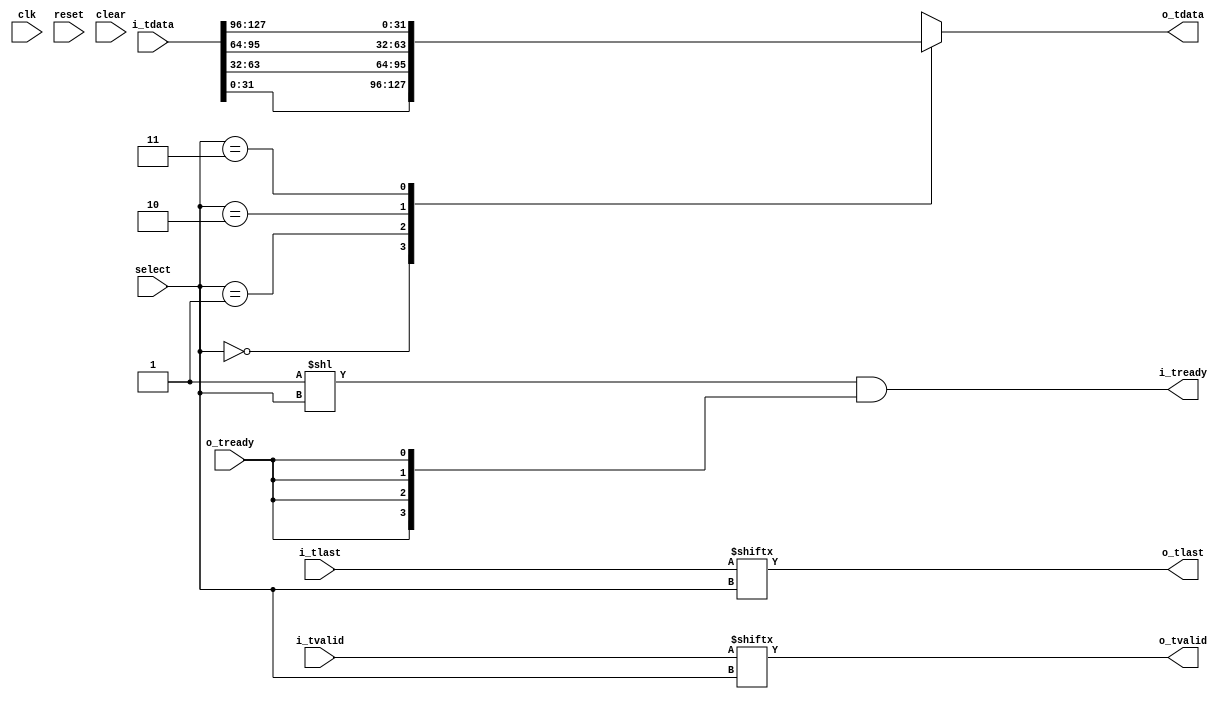
//
// Copyright 2016 Ettus Research
// Copyright 2018 Ettus Research, a National Instruments Company
//
// SPDX-License-Identifier: LGPL-3.0-or-later
//
// AXI-Stream multiplexer with select line
//

module axi_mux_select #(
  parameter WIDTH = 32,
  parameter PRE_FIFO_SIZE = 0,
  parameter POST_FIFO_SIZE = 0,
  parameter SWITCH_ON_LAST = 0, // Wait until tlast is asserted before updating
  parameter SIZE = 4)
(
  input clk, input reset, input clear,
  input [$clog2(SIZE)-1:0] select,
  input [SIZE*WIDTH-1:0] i_tdata, input [SIZE-1:0] i_tlast, input [SIZE-1:0] i_tvalid, output [SIZE-1:0] i_tready,
  output [WIDTH-1:0] o_tdata, output o_tlast, output o_tvalid, input o_tready
);

  wire [WIDTH*SIZE-1:0] i_tdata_int;
  wire [WIDTH-1:0] i_tdata_arr[0:SIZE-1];
  wire [SIZE-1:0] i_tlast_int, i_tvalid_int, i_tready_int;

  wire [WIDTH-1:0] o_tdata_int;
  wire o_tlast_int, o_tvalid_int, o_tready_int;

  genvar n;
  generate
    if (PRE_FIFO_SIZE == 0) begin : gen_no_pre_fifo
      assign i_tdata_int  = i_tdata;
      assign i_tlast_int  = i_tlast;
      assign i_tvalid_int = i_tvalid;
      assign i_tready     = i_tready_int;
    end else begin : gen_pre_fifo
      for (n = 0; n < SIZE; n = n + 1) begin
        axi_fifo #(.WIDTH(WIDTH+1), .SIZE(PRE_FIFO_SIZE)) axi_fifo (
          .clk(clk), .reset(reset), .clear(clear),
          .i_tdata({i_tlast[n],i_tdata[WIDTH*(n+1)-1:WIDTH*n]}), .i_tvalid(i_tvalid[n]), .i_tready(i_tready[n]),
          .o_tdata({i_tlast_int[n],i_tdata_int[WIDTH*(n+1)-1:WIDTH*n]}), .o_tvalid(i_tvalid_int[n]), .o_tready(i_tready_int[n]),
          .space(), .occupied());
      end
    end
  endgenerate

  // Make arrays for easier muxing
  genvar i;
  generate
    for (i = 0; i < SIZE; i = i + 1) begin : gen_muxing
      assign i_tdata_arr[i] = i_tdata_int[WIDTH*(i+1)-1:WIDTH*i];
    end
  endgenerate

  // Switch select line either immediately or if we're not in the middle of a
  // packet.
  reg [$clog2(SIZE)-1:0] select_hold = 0;

  generate
    if (SWITCH_ON_LAST) begin : gen_switch_on_last
      reg  in_packet_reg = 1'b0;
      wire in_packet;
      wire end_of_packet;
      wire enable_switch;

      // Create a signal to indicate if we're in the middle of a packet
      assign in_packet = in_packet_reg || o_tvalid_int;

      // Create a signal to indicate if this is the last transfer of the packet
      assign end_of_packet = o_tlast_int & o_tvalid_int & o_tready_int;

      // Create a signal that indicates when it's OK to switch the mux select.
      // We can switch if we're not in the middle of outputting a packet, or if
      // we're on the last transfer of a packet.
      assign enable_switch = !in_packet || end_of_packet;

      always @(posedge clk) begin
        if (reset | clear) begin
          select_hold   <= 0;
          in_packet_reg <= 1'b0;
        end else begin
          // Use in_packet_reg to indicate if we're in a packet. But this
          // register is delayed by a clock cycle, so we need the in_pakcet
          // signal above to add the first clock cycle of a packet.
          if (end_of_packet) begin
            in_packet_reg <= 1'b0;
          end else if (o_tvalid_int) begin
            in_packet_reg <= 1'b1;
          end

          if (enable_switch) begin
            select_hold <= select;
          end
        end
      end
    end else begin : gen_no_switch_on_last
      always @(*) begin
        select_hold <= select;
      end
    end
  endgenerate

  // Mux
  assign o_tdata_int  = i_tdata_arr[select_hold];
  assign o_tlast_int  = i_tlast_int[select_hold];
  assign o_tvalid_int = i_tvalid_int[select_hold];
  assign i_tready_int = (1'b1 << select_hold) & {SIZE{o_tready_int}};

  generate
    if(POST_FIFO_SIZE == 0) begin : gen_no_post_fifo
      assign o_tdata = o_tdata_int;
      assign o_tlast = o_tlast_int;
      assign o_tvalid = o_tvalid_int;
      assign o_tready_int = o_tready;
    end else begin : gen_post_fifo
      axi_fifo #(.WIDTH(WIDTH+1),.SIZE(POST_FIFO_SIZE)) axi_fifo (
        .clk(clk), .reset(reset), .clear(clear),
        .i_tdata({o_tlast_int,o_tdata_int}), .i_tvalid(o_tvalid_int), .i_tready(o_tready_int),
        .o_tdata({o_tlast,o_tdata}), .o_tvalid(o_tvalid), .o_tready(o_tready),
        .space(), .occupied());
    end
  endgenerate

endmodule